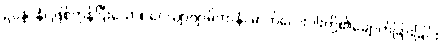
ဥပ္ပန္နာနံ၊ ဖြစ်ကုန်ပြီးသော။ ဝေယျာဗျာဓိကာနံ၊ ဓာတ်လေးပါးတို့၏ချောက်ခြားခြင်း